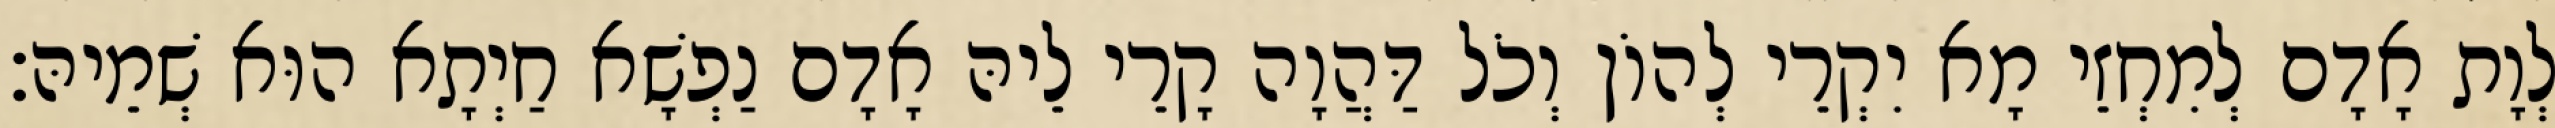
לְוָת אָדָם לְמִחְזֵי מָא יִקְרֵי לְהוֹן וְכֹל דַּהֲוָה קָרֵי לֵיהּ אָדָם נַפְשָׁא חַיְתָא הוּא שְׁמֵיהּ׃